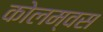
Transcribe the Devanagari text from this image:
कोलम्वस